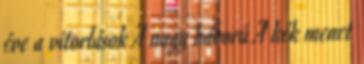
éve a vitorlások A nagy háború A kék menet